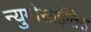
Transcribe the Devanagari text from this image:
न्युमोसाईतिस